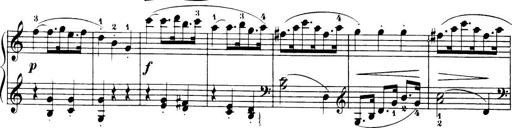
Title: 32 Sonatinas and Rondos for the Piano
Composer: Richard Kleinmichel